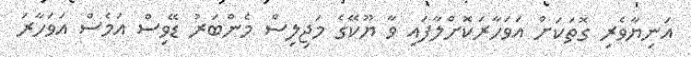
އަނިޔާވެރި ގޮތަކަށް އަވަހާރަކޮށްލާފައި ވާ ޔޫކޭގެ މަޖިލިސް މެންބަރު ޑޭވިސް އަމެސް އަވަހާރަ